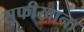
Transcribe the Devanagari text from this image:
सूफीखाना